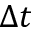
\Delta t